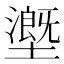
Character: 𡒖